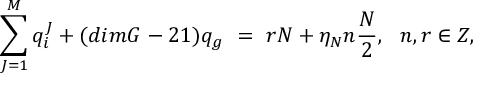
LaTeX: \sum _ { J = 1 } ^ { M } q _ { i } ^ { J } + ( d i m G - 2 1 ) q _ { g } \ = \ r N + \eta _ { N } n \frac { N } { 2 } , \ \ n , r \in Z ,